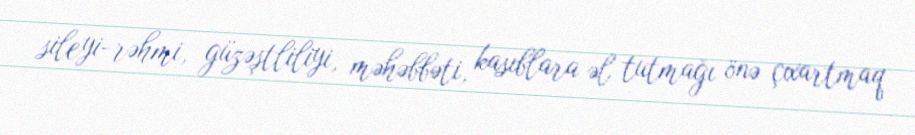
sileyi-rəhmi, güzəştliliyi, məhəbbəti, kasıblara əl tutmağı önə çıxartmaq